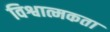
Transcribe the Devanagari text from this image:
विश्वात्मकता